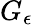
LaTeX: G_{\epsilon}